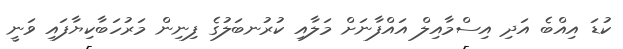
ކުޑަ އިއްބެ އަދި އިސްމާއިލް އައްފާނަށް މަލާއި ކުރުނބަލުގެ ފިނިން މަރުހަބާކިޔާފައި ވަނީ